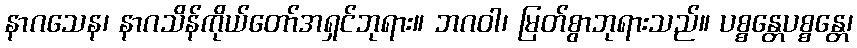
နာဂသေန၊ နာဂသိန်ကိုယ်တော်အရှင်ဘုရား။ ဘဂဝါ၊ မြတ်စွာဘုရားသည်။ ပစ္စန္တေပစ္စန္တေ၊